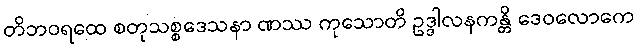
တိဘဝရထေ စတုသစ္စဒေသနာ ဏဿ ကုသောတိ ဥဒ္ဒါလနကန္တိ ဒေဝလောကေ